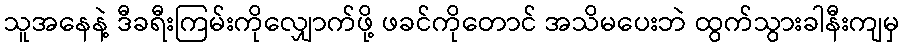
သူအနေနဲ့ ဒီခရီးကြမ်းကိုလျှောက်ဖို့ ဖခင်ကိုတောင် အသိမပေးဘဲ ထွက်သွားခါနီးကျမှ